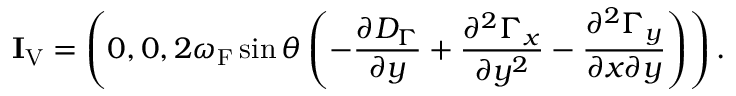
{ \bf { I } } _ { \mathrm { { V } } } = \left( { 0 , 0 , 2 \omega _ { \mathrm { { F } } } \sin \theta \left( { - \frac { \partial D _ { \Gamma } } { \partial y } + \frac { \partial ^ { 2 } \Gamma _ { x } } { \partial y ^ { 2 } } - \frac { \partial ^ { 2 } \Gamma _ { y } } { \partial x \partial y } } \right) } \right) .